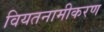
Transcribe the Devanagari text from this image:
वियतनामीकरण